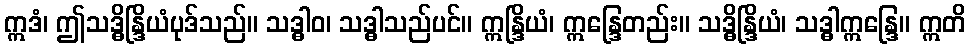
ဣဒံ၊ ဤသဒ္ဓိန္ဒြိယံပုဒ်သည်။ သဒ္ဓါဝ၊ သဒ္ဓါသည်ပင်။ ဣန္ဒြိယံ၊ ဣန္ဒြေတည်း။ သဒ္ဓိန္ဒြိယံ၊ သဒ္ဓါဣန္ဒြေ။ ဣတိ